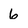
Character: 6